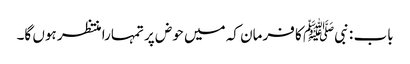
باب : نبیﷺ کا فرمان کہ میں حوض پر تمہارا منتظر ہوں گا۔